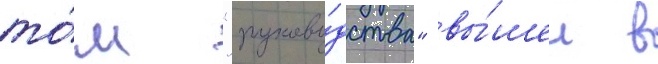
то́м "руково́дства" вы́шел в